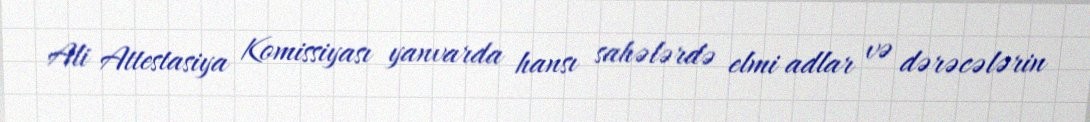
Ali Attestasiya Komissiyası yanvarda hansı sahələrdə elmi adlar və dərəcələrin